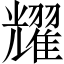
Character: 耀